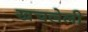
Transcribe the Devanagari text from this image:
खचलेली